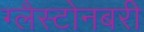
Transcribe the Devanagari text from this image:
ग्लैस्टोनबरी